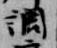
調